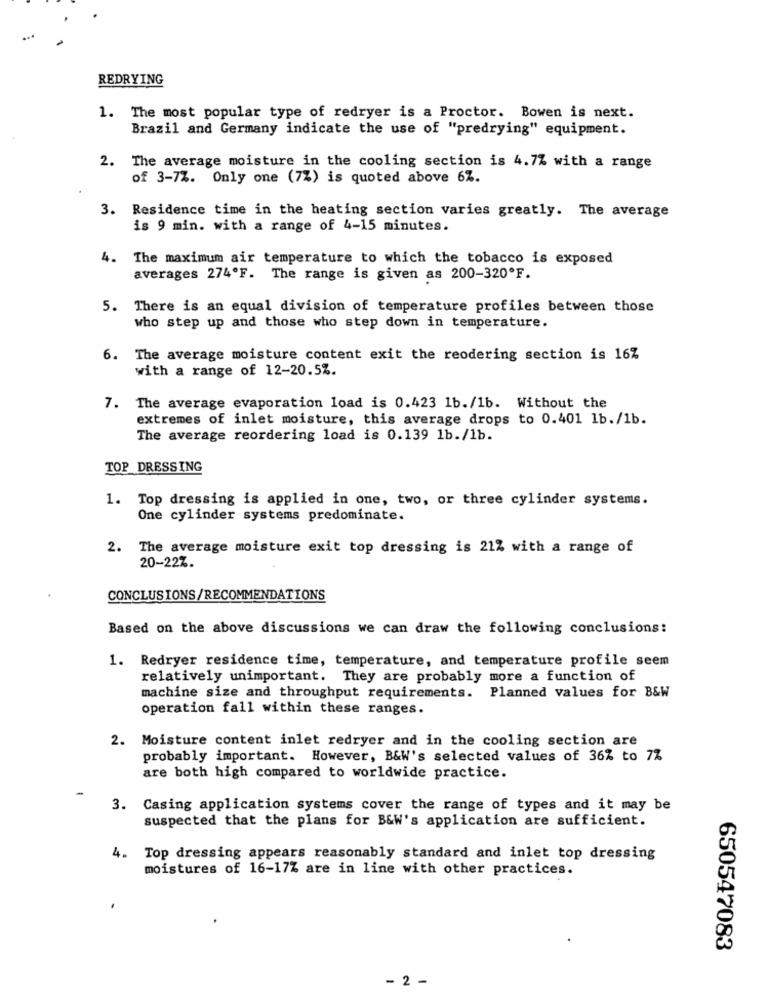
REDRYING
1. The most popular type of redryer is a Proctor. Bowen is next.
Brazil and Germany indicate the use of "predrying" equipment.
2. The average moisture in the cooling section is 4.7% with a range
of 3-7%. Only one (7%) is quoted above 6%.
3. Residence time in the heating section varies greatly. The average
is 9 min. with a range of 4-15 minutes.
4.
The maximum air temperature to which the tobacco is exposed
averages 274ºF. The range is given as 200-320ºF.
5. There is an equal division of temperature profiles between those
who step up and those who step down in temperature.
6. The average moisture content exit the reodering section is 16%
with a range of 12-20.5%.
7. The average evaporation load is 0.423 1b./1b. Without the
extremes of inlet moisture, this average drops to 0.401 1b./1b.
The average reordering load is 0.139 1b./1b.
TOP DRESSING
1. Top dressing is applied in one, two, or three cylinder systems.
One cylinder systems predominate.
2. The average moisture exit top dressing is 21% with a range of
20-22%.
CONCLUSIONS/RECOMMENDATIONS
Based on the above discussions we can draw the following conclusions:
1. Redryer residence time, temperature, and temperature profile seem
relatively unimportant. They are probably more a function of
machine size and throughput requirements. Planned values for B&W
operation fall within these ranges.
2. Moisture content inlet redryer and in the cooling section are
probably important. However, B&W's selected values of 36% to 7%
are both high compared to worldwide practice.
3. Casing application systems cover the range of types and it may be
suspected that the plans for B&W's application are sufficient.
4. Top dressing appears reasonably standard and inlet top dressing
moistures of 16-17% are in line with other practices.
650547083
- 2 -